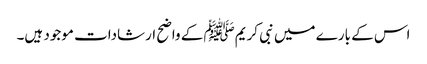
اس کے بارے میں نبی کریمﷺ کے واضح ارشادات موجود ہیں۔